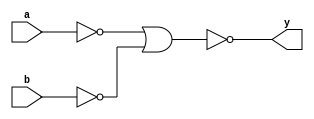
`timescale 1ns / 1ps


module ANL(a,b,y);
	input a,b;
	output y;
	wire [1:0] w;
	nor (w[0],a,a);
	nor (w[1],b,b);
	nor (y,w[0],w[1]);
endmodule